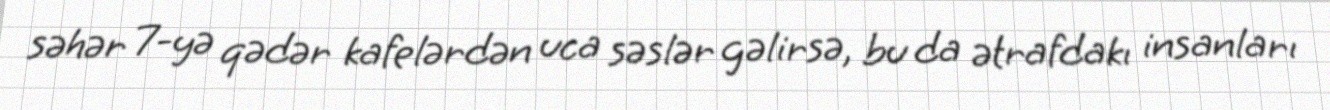
səhər 7-yə qədər kafelərdən uca səslər gəlirsə, bu da ətrafdakı insanları